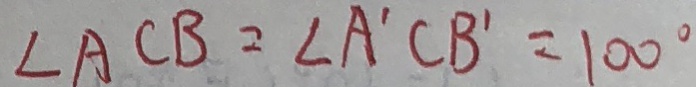
\angle A C B = \angle A ^ { \prime } C B ^ { \prime } = 1 0 0 ^ { \circ }